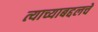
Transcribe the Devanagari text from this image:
त्याच्याबद्दलचे